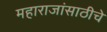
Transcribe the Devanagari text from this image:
महाराजांसाठीचे